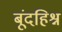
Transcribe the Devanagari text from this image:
बूंदहिश्न